Scottish Leaving Certificate Examination, 1952
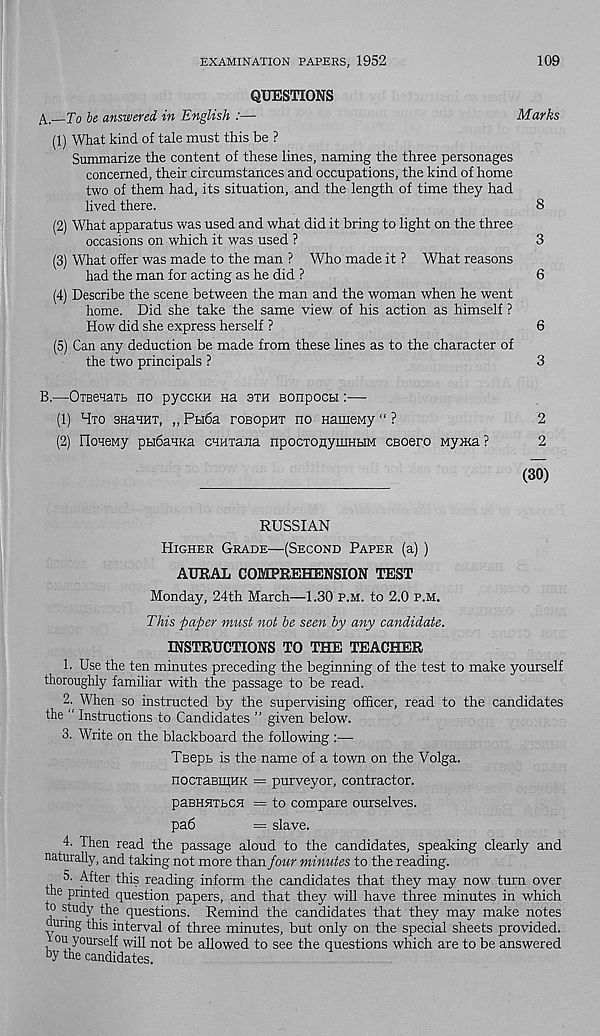
EXAMINATION PAPERS, 1952
109
QUESTIONS
K.—To be answered in English :—
Marks
(1) What kind of tale must this be ?
Summarize the content of these lines, naming the three personages
concerned, their circumstances and occupations, the kind of home
two of them had, its situation, and the length of time they had
lived there.
8
(2) What apparatus was used and what did it bring to light on the three
occasions on which it was used ?
3
(3) What offer was made to the man ? Who made it ? What reasons
had the man for acting as he did ?
6
(4) Describe the scene between the man and the woman when he went
home. Did she take the same view of his action as himself ?
How did she express herself ?
6
(5) Can any deduction be made from these lines as to the character of
the two principals ?
3
B.—OTBenaTt no pyccKH Ha sth sonpocH :—
(1) Hto SHaHHT, „ Pbi6a ronopHT no nameMy “ ?
2
(2) FIoneMy ptiSaHKa CHuxaiia npocxoflyniHHM CBoero Myxta ?
2
(30)
RUSSIAN
Higher Grade—(Second Paper (a) )
AURAL COMPREHENSION TEST
Monday, 24th March—1.30 p.m. to 2.0 p.m.
This paper must not be seen by any candidate.
INSTRUCTIONS TO THE TEACHER
1. Use the ten minutes preceding the beginning of the test to make yourself
thoroughly familiar with the passage to be read.
When so instructed by the supervising officer, read to the candidates
the “ Instructions to Candidates ” given below.
3. Write on the blackboard the following :—
TBept is the name of a town on the Volga.
nocxaBiHHK = purveyor, contractor.
paBHHTLCH = to compare ourselves.
pa6
= slave.
4. Then read the passage aloud to the candidates, speaking clearly and
naturally, and taking not more than four minutes to the reading.
After this reading inform the candidates that they may now turn over
the printed question papers, and that they will have three minutes in which
o study the questions. Remind the candidates that they may make notes
uurmg this interval of three minutes, but only on the special sheets provided.
ou yourself will not be allowed to see the questions which are to be answered
hy the candidates.